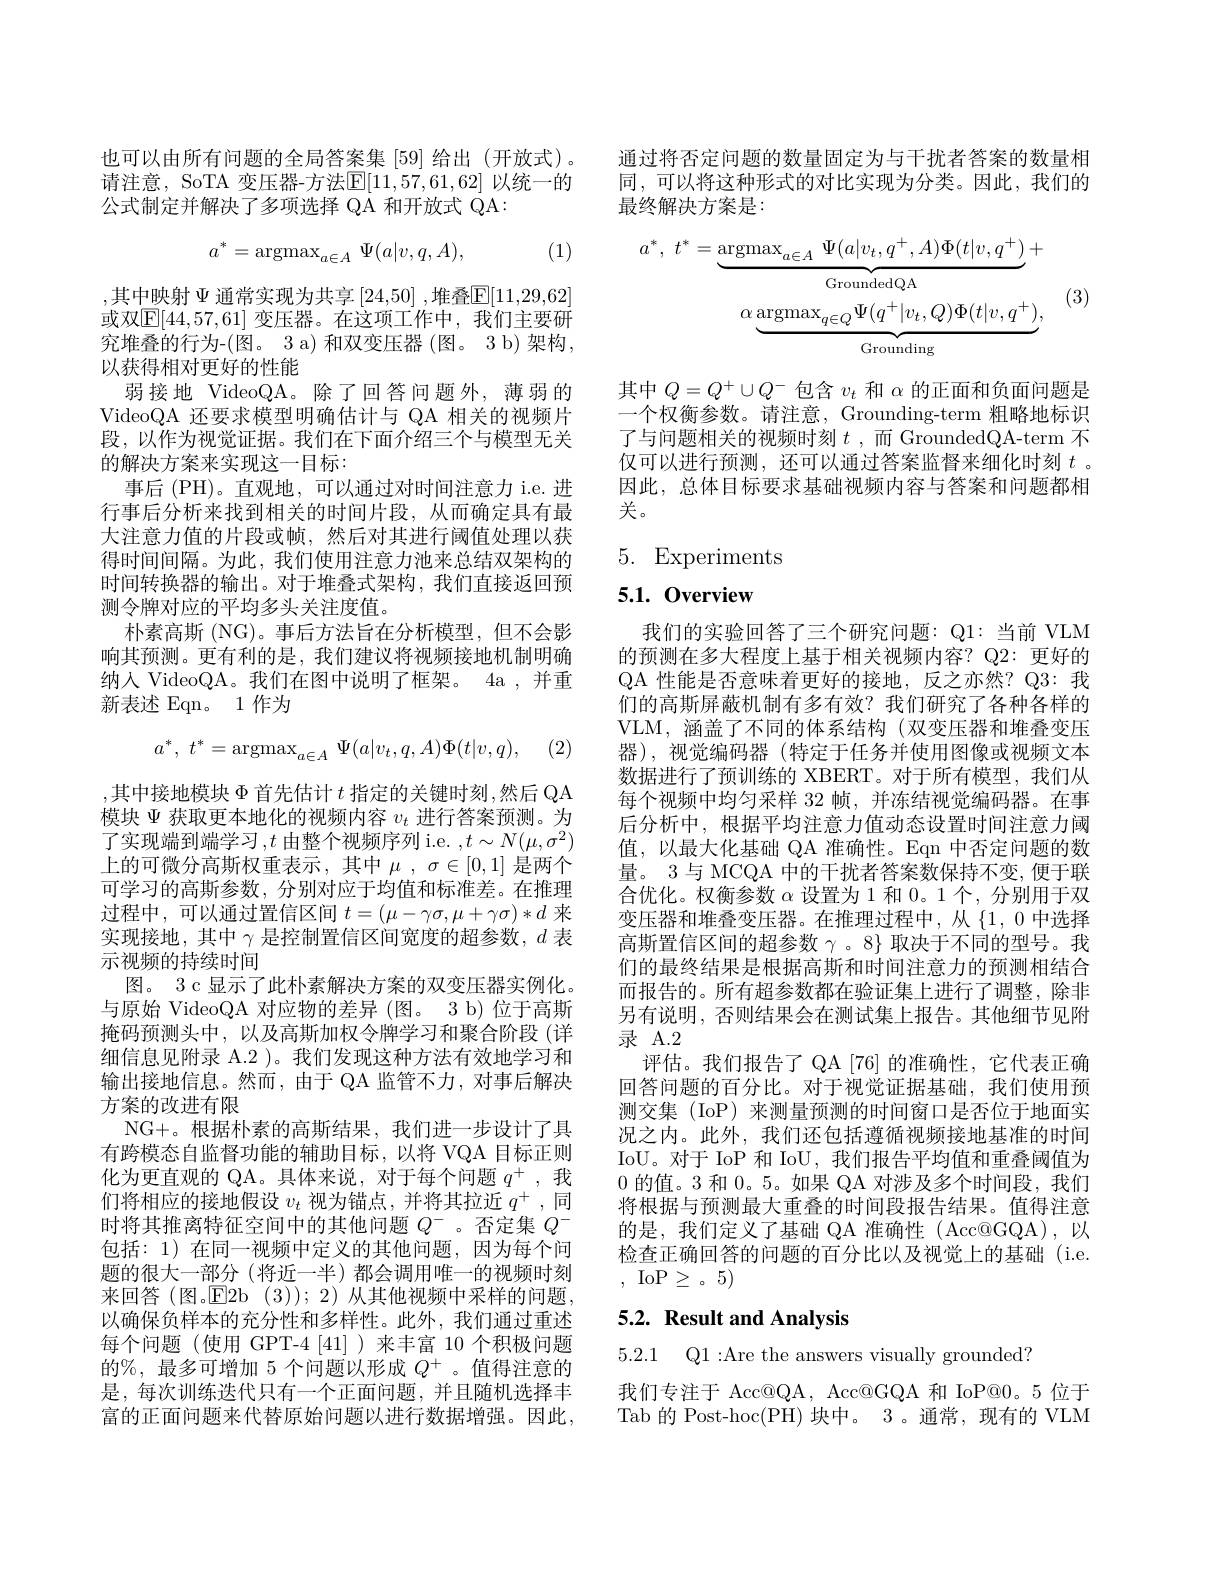
也可以由所有问题的全局答案集 [59] 给出 (开放式)。请注意，SoTA 变压器-方法$\mathbb{E}[11,57,61,62]$ 以统一的公式制定并解决了多项选择 QA 和开放式 QA:
$$a^*=\mathrm{argmax}_{a\in A}\:\Psi(a|v,q,A),$$
(1)

,其中映射$\Psi$通常实现为共享$\left[24,50\right]$,堆叠$\overline{\mathrm{E}}[11,29,62]$ 或双$\boxed{\mathrm{E}[44,57,61]\text{ 变压器。在这项工作中，我们主要研}}$ 究堆叠的行为-(图。3 a) 和双变压器(图。3 b)架构， 以获得相对更好的性能
弱接地 VideoQA。除了回答问题外，薄弱的VideoQA 还要求模型明确估计与 QA 相关的视频片段，以作为视觉证据。我们在下面介绍三个与模型无关的解决方案来实现这一目标：
事后 (PH)。直观地，可以通过对时间注意力 i.e. 进行事后分析来找到相关的时间片段，从而确定具有最大注意力值的片段或帧，然后对其进行阈值处理以获得时间间隔。为此，我们使用注意力池来总结双架构的时间转换器的输出。对于堆叠式架构，我们直接返回预测令牌对应的平均多头关注度值。
朴素高斯 (NG)。事后方法旨在分析模型，但不会影响其预测。更有利的是，我们建议将视频接地机制明确纳人 VideoQA。我们在图中说明了框架。4a , 并重新表述 Eqn。1作为

(2)
$$a^*,\:t^*=\operatorname{argmax}_{a\in A}\:\Psi(a|v_t,q,A)\Phi(t|v,q),$$
,其中接地模块 $\Phi$ 首先估计 $t$ 指定的关键时刻，然后 QA 模块$\Psi$获取更本地化的视频内容$v_t$进行答案预测。为了实现端到端学习$,t$由整个视频序列 i.e. $,t\sim N(\mu,\sigma^2)$ 上的可微分高斯权重表示，其中$\mu,\sigma\in[0,1]$ 是两个可学习的高斯参数，分别对应于均值和标准差。在推理过程中，可以通过置信区间$t=(\mu-\gamma\sigma,\mu+\gamma\sigma)*d$来实现接地，其中$\gamma$是控制置信区间宽度的超参数，$d$表示视频的持续时间
图。3 c 显示了此朴素解决方案的双变压器实例化。与原始 VideoQA 对应物的差异 (图。3 b) 位于高斯掩码预测头中，以及高斯加权令牌学习和聚合阶段(详细信息见附录 A.2 )。我们发现这种方法有效地学习和输出接地信息。然而，由于 QA 监管不力，对事后解决方案的改进有限
NG+。根据朴素的高斯结果，我们进一步设计了具有跨模态自监督功能的辅助目标，以将 VQA 目标正则化为更直观的 QA。具体来说，对于每个问题$q^+$ ,我们将相应的接地假设$v_t$视为锚点，并将其拉近$q^+$,同时将其推离特征空间中的其他问题$Q^-$。否定集$Q^-$ 包括：1) 在同一视频中定义的其他问题，因为每个间题的很大一部分 (将近一半)都会调用唯一的视频时刻来回答(图。$\mathsf{E}$2b (3));2)从其他视频中采样的问题， 以确保负样本的充分性和多样性。此外，我们通过重述每个问题(使用 GPT-4[41])来丰富 10 个积极问题的%,最多可增加 5 个问题以形成$Q^+$。值得注意的是，每次训练迭代只有一个正面问题，并且随机选择丰富的正面问题来代替原始问题以进行数据增强。因此，

通过将否定问题的数量固定为与干扰者答案的数量相同，可以将这种形式的对比实现为分类。因此，我们的最终解决方案是：
$$a^{*},\:t^{*}=\underbrace{\mathrm{argmax}_{a\in A}\Psi(a|v_{t},q^{+},A)\Phi(t|v,q^{+})}_{\mathrm{GroundedQA}}+\\\alpha\underbrace{\mathrm{argmax}_{q\in Q}\Psi(q^{+}|v_{t},Q)\Phi(t|v,q^{+})}_{\mathrm{Grounding}},$$
(3)

其中$Q=Q^{+}\cup Q^{-}$包含$v_t$和$\alpha$的正面和负面问题是一个权衡参数。请注意，Grounding-term 粗略地标识了与问题相关的视频时刻$t$ ,而 GroundedQA-term 不仅可以进行预测，还可以通过答案监督来细化时刻$t$ 。因此，总体目标要求基础视频内容与答案和问题都相关。

# 5. Experiments

5.1.0verview

我们的实验回答了三个研究问题：Q1:当前 VLM 的预测在多大程度上基于相关视频内容？Q2: 更好的QA 性能是否意味着更好的接地，反之亦然？Q3: 我们的高斯屏蔽机制有多有效？我们研究了各种各样的VLM, 涵盖了不同的体系结构(双变压器和堆叠变压器),视觉编码器(特定于任务并使用图像或视频文本数据进行了预训练的 XBERT。对于所有模型，我们从每个视频中均匀采样 32 帧，并冻结视觉编码器。在事后分析中，根据平均注意力值动态设置时间注意力阈值，以最大化基础 QA 准确性。Eqn 中否定问题的数量。3 与 MCQA 中的干扰者答案数保持不变，便于联合优化。权衡参数$\alpha$设置为 1 和0。1个，分别用于双变压器和堆叠变压器。在推理过程中，从$\{1,0~中选择$ 高斯置信区间的超参数$\gamma$ 。8} 取决于不同的型号。我们的最终结果是根据高斯和时间注意力的预测相结合而报告的。所有超参数都在验证集上进行了调整，除非另有说明，否则结果会在测试集上报告。其他细节见附录 A.2
评估。我们报告了 QA [76] 的准确性，它代表正确回答问题的百分比。对于视觉证据基础，我们使用预测交集 (IoP) 来测量预测的时间窗口是否位于地面实况之内。此外，我们还包括遵循视频接地基准的时间IoU。对于 IoP 和 IoU, 我们报告平均值和重叠阈值为0的值。3 和0。5。如果 QA 对涉及多个时间段，我们将根据与预测最大重叠的时间段报告结果。值得注意的是，我们定义了基础 QA 准确性(Acc@GQA),以检查正确回答的问题的百分比以及视觉上的基础(i.e. , IoP$\geq$。5)

# 5.2. Result and Analysis

5.2.1 Q1:Are the answers visually grounded?

我们专注于 Acc@QA, Acc@GQA 和 IoP@0。5 位于Tab 的 Post-hoc(PH) 块中。3 。通常，现有的 VLM